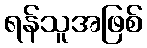
ရန်သူအဖြစ်